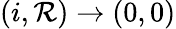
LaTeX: (i,\mathcal{R})\to(0,0)